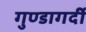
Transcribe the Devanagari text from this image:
गुण्डागर्दी